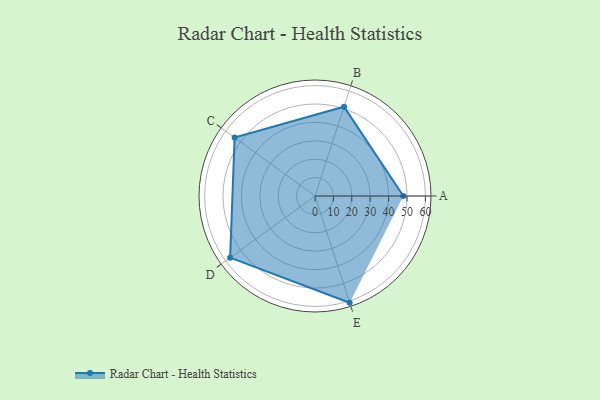
{"axis": {"x": "Skill", "y": "Score"}, "legend": ["Profile"], "data": [{"x": "A", "y": 48.0, "type": "Profile"}, {"x": "B", "y": 51.0, "type": "Profile"}, {"x": "C", "y": 54.0, "type": "Profile"}, {"x": "D", "y": 57.0, "type": "Profile"}, {"x": "E", "y": 61.0, "type": "Profile"}]}